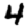
Digit: 4